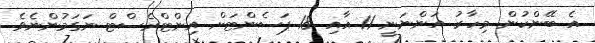
އެ ބޭންކުން މިހާރު އަންނަނީ 11 އާއި 18 ޕަސެންޓަށް އިންޓްރެސްޓް ނަގަމުންނެވެ.